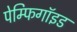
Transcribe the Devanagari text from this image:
पेम्फिगॉइड